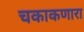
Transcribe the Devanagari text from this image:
चकाकणारा